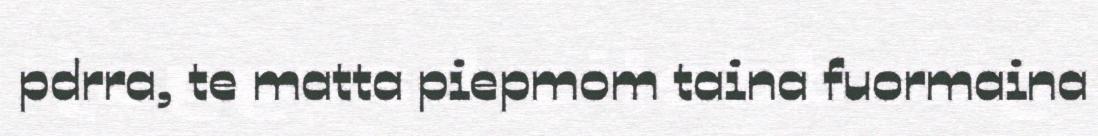
pdrra, te matta piepmom taina fuormaina